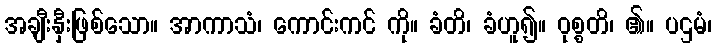
အချီးနှီးဖြစ်သော။ အာကာသံ၊ ကောင်းကင် ကို။ ခံတိ၊ ခံဟူ၍။ ဝုစ္စတိ၊ ၏။ ပဌမံ၊